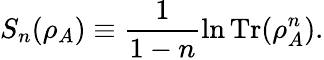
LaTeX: S_{n}(\rho_{A})\equiv\frac{1}{1-n}\ln{\operatorname{Tr}(\rho_{A}^{n})}.